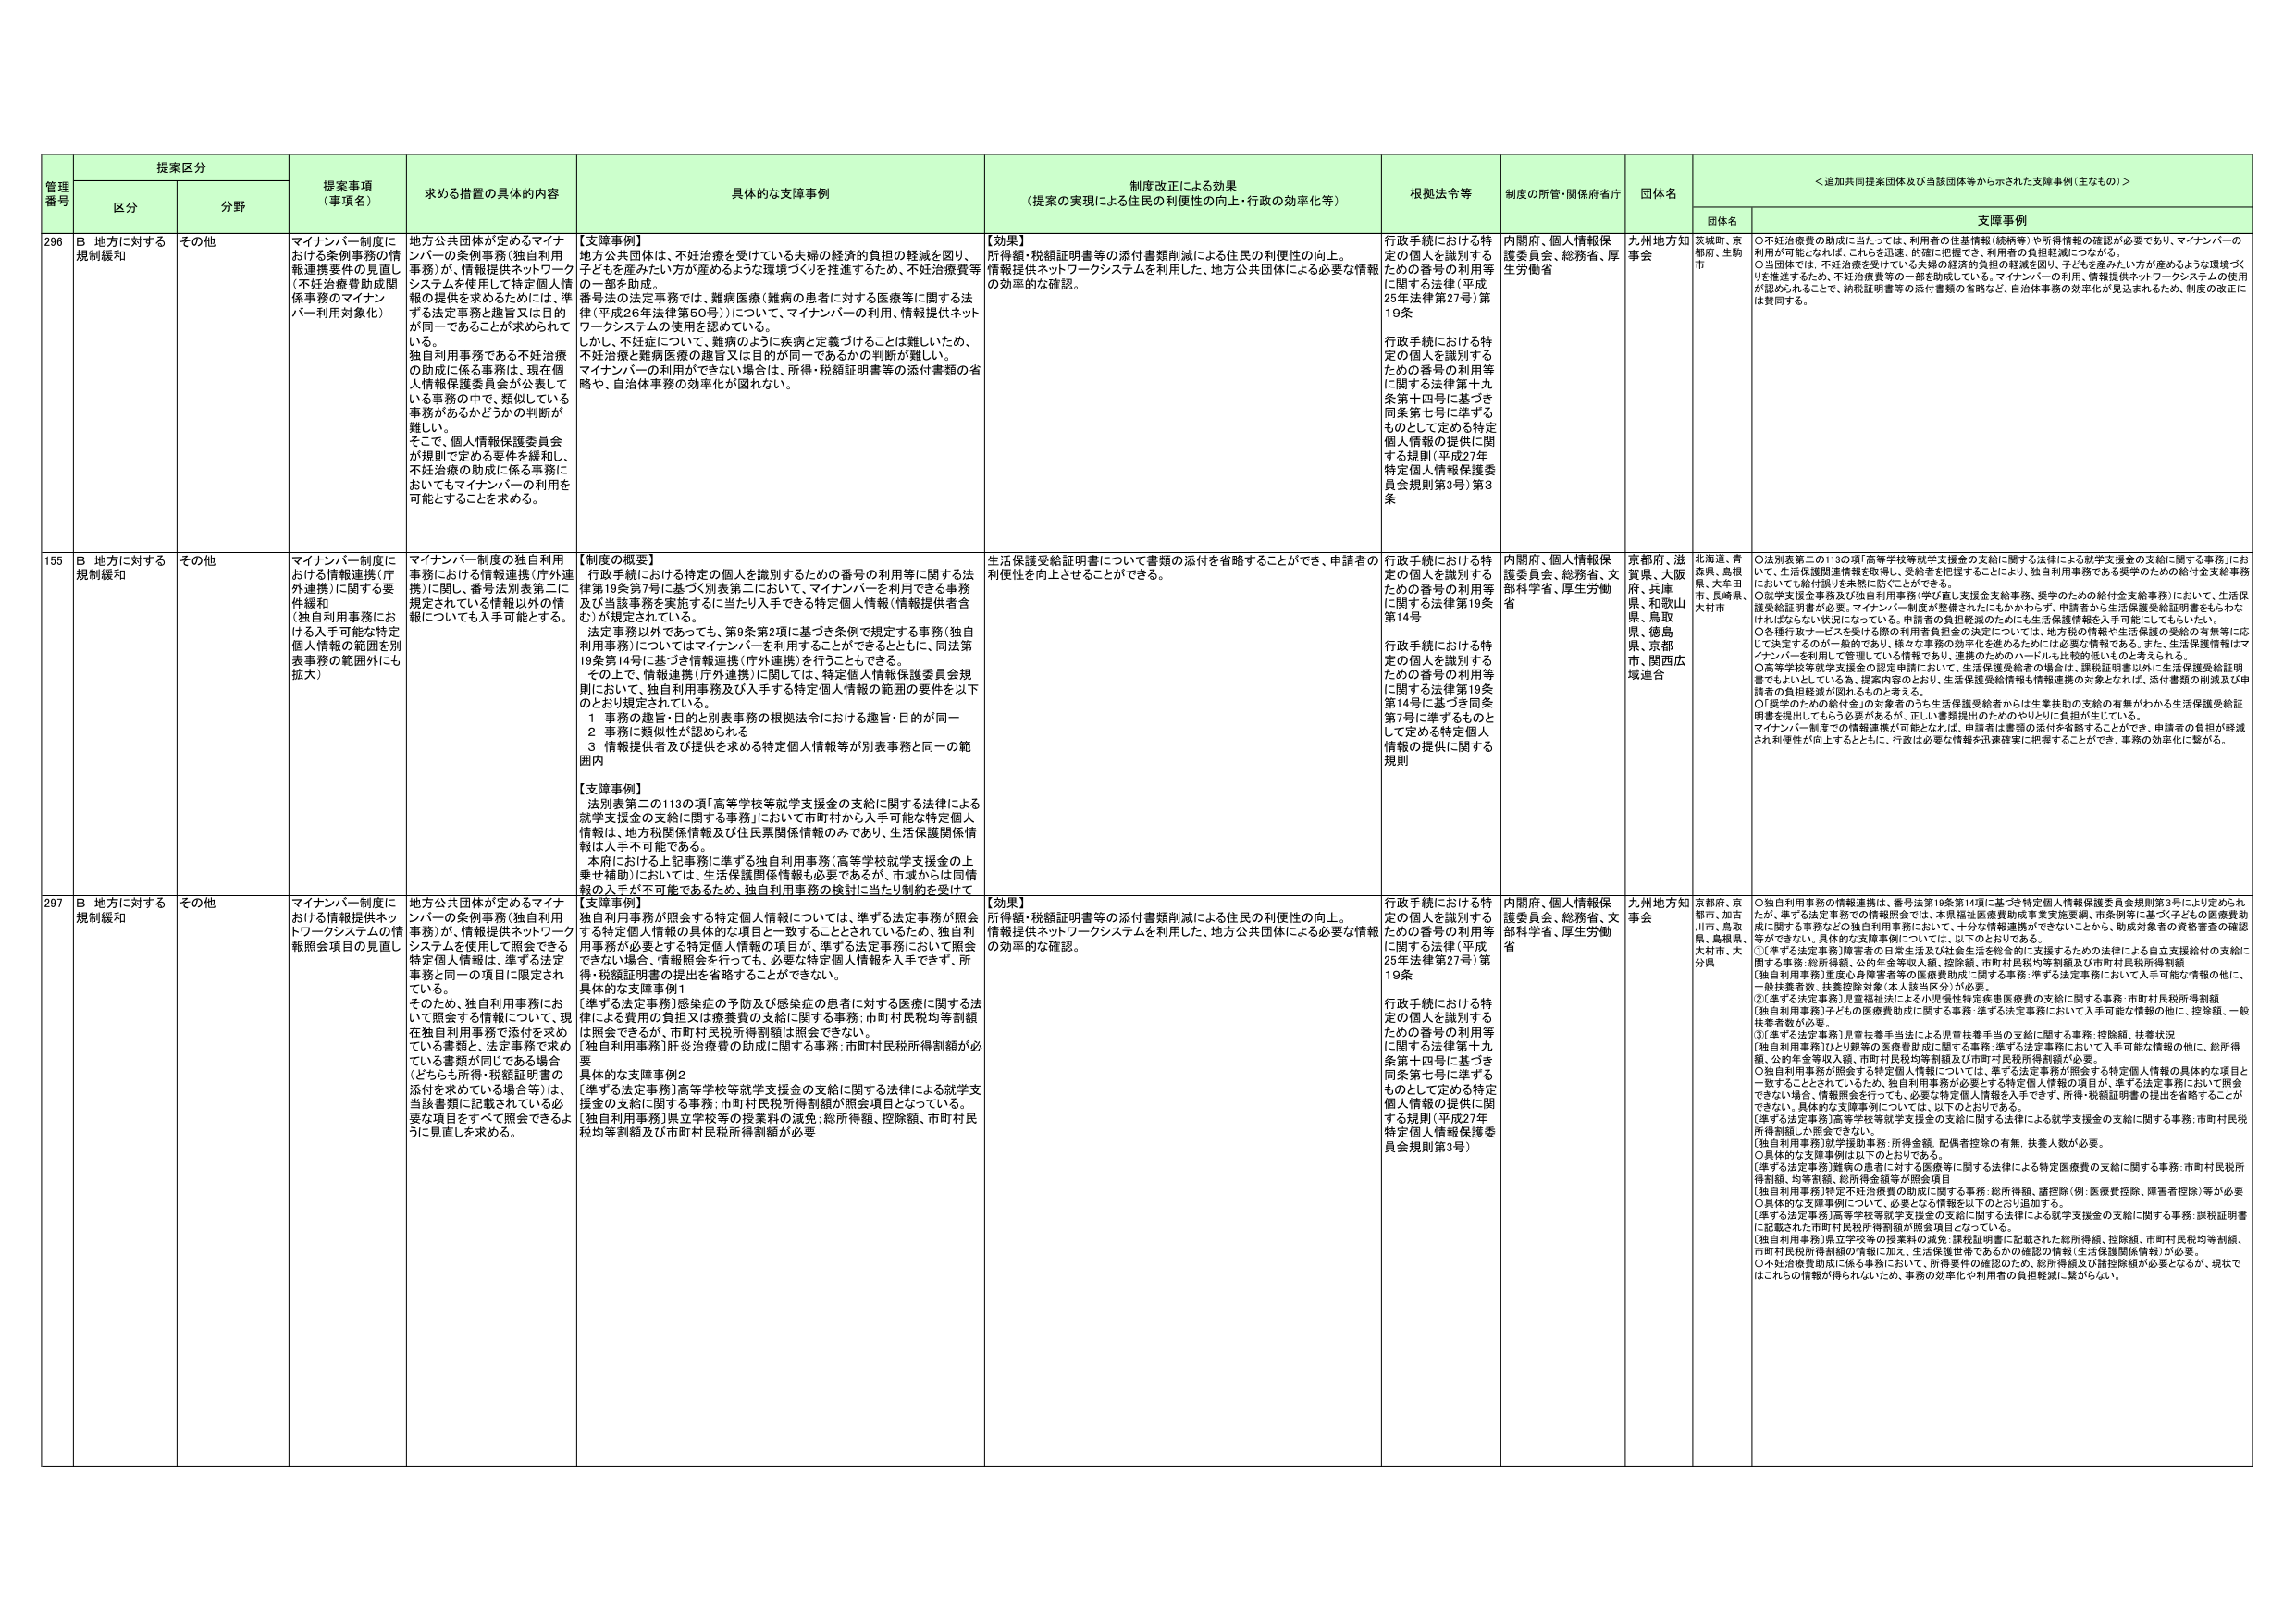
管理番号 提案区分 提案事項（事項名） 求める措置の具体的内容 具体的な支援事例 制度改正による効果（提案の実現による住民の利便性の向上・行政の効率化等） 根拠法令等 制度の所管・関係府省庁 団体名 ＜追加共同提案団体及び当該団体等から示された支援事例（主なもの）＞
区分 分野 団体名 支援事例
296 B 地方に対する規制緩和 その他 マイナンバー制度における条例事務の情報連携要件の見直し（不妊治療費助成関係事務のマイナンバー利用対象化） 地方公共団体が定めるマイナンバーの条例事務（独自利用事務）が、情報提供ネットワークシステムを使用して特定個人情報の提供を求めるためには、準ずる法定事務と趣旨又は目的が同一であることが求められている。 独自利用事務である不妊治療の助成に係る事務は、現在個人情報保護委員会が公表している事務の中で、類似している事務があるかどうかの判断が難しい。 そこで、個人情報保護委員会が規則で定める要件を緩和し、不妊治療の助成に係る事務においてもマイナンバーの利用を可能とすることを求める。 【支援事例】 地方公共団体は、不妊治療を受けている夫婦の経済的負担の軽減を図り、子どもを産みたい方が産めるような環境づくりを推進するため、不妊治療費等の一部を助成。 番号法の法定事務では、難病医療（難病の患者に対する医療等に関する法律（平成26年法律第50号））について、マイナンバーの利用、情報提供ネットワークシステムの使用を認めている。 しかし、不妊症について、難病のように疾病と定義づけることは難しいため、不妊治療と難病医療の趣旨又は目的が同一であるかの判断が難しい。 マイナンバーの利用ができない場合は、所得・税額証明書等の添付書類の省略や、自治体事務の効率化が図れない。 【効果】 所得額・税額証明書等の添付書類削減による住民の利便性の向上。 情報提供ネットワークシステムを利用した、地方公共団体による必要な情報の効率的な確認。 行政手続における特定の個人を識別するための番号の利用等に関する法律（平成25年法律第27号）第19条 行政手続における特定の個人を識別するための番号の利用等に関する法律第十九条第十四号に基づき同条第七号に準ずるものとして定める特定個人情報の提供に関する規則（平成27年特定個人情報保護委員会規則第3号）第3条 内閣府、個人情報保護委員会、総務省、厚生労働省 九州地方知事会 茨城県、京都市、生駒市 ○不妊治療費の助成に当たっては、利用者の住基情報（続柄等）や所得情報の確認が必要であり、マイナンバーの利用が可能となれば、これを迅速、的確に把握でき、利用者の負担軽減につながる。 ○当該市では、不妊治療を受けている夫婦の経済的負担の軽減を図り、子どもを産みたい方が産めるような環境づくりを推進するため、不妊治療費等の一部を助成している。マイナンバーの利用、情報提供ネットワークシステムの使用が認められることで、納税証明書等の添付書類の省略など、自治体事務の効率化が見込まれるため、制度の改正には賛同する。
155 B 地方に対する規制緩和 その他 マイナンバー制度における情報連携（庁外連携）に関する要件緩和（独自利用事務における入手可能な特定個人情報の範囲を別表第五の範囲外にも拡大） マイナンバー制度の独自利用事務における情報連携（庁外連携）に関し、番号法別表第二に規定されている情報以外の情報についても入手可能とする。 【制度の概要】 行政手続における特定の個人を識別するための番号の利用等に関する法律第19条第7号に基づく別表第二において、マイナンバーを利用できる事務及び当該事務を実施するに当たり入手できる特定個人情報（情報提供者含む）が規定されている。 法定事務以外であっても、第9条第2項に基づき条例で規定する事務（独自利用事務）についてはマイナンバーを利用することができますとともに、同法第19条第14号に基づき情報連携（庁外連携）を行うこともできる。 その上で、情報連携（庁外連携）に関しては、特定個人情報保護委員会規則において、独自利用事務及び入手する特定個人情報の範囲の要件を以下のおとり規定されている。 1 事務の趣旨・目的と別表事務の根拠法令における趣旨・目的が同一 2 事務に類似性が認められる 3 情報提供者及び提供を求める特定個人情報等が別表事務と同一の範囲内 【支援事例】 法別表第二の113の項「高等学校等就学支援金の支給に関する法律による就学支援金の支給に関する事務」において市町村から入手可能な特定個人情報は、地方税関係情報及び住民票関係情報のみであり、生活保護関係情報は入手不可能である。 本府における上記事務に準ずる独自利用事務（高等学校就学支援金の上乗せ補助）においては、生活保護関係情報も必要であるが、市域からは同情報の入手が不可能であるため、独自利用事務の検討に当たり制約を受けて 生活保護受給証明書について書類の添付を省略することができ、申請者の利便性を向上させることができる。 行政手続における特定の個人を識別するための番号の利用等に関する法律第19条第14号 行政手続における特定の個人を識別するための番号の利用等に関する法律第19条第14号に基づき同条第7号に準ずるものとして定める特定個人情報の提供に関する規則 内閣府、個人情報保護委員会、総務省、文部科学省、厚生労働省 京都府、滋賀県、大阪府、兵庫県、和歌山県、鳥取県、徳島県、宮崎市、関西広域連合 北海道、青森県、島根県、大牟田市、長崎県、大村市 ○法別表第二の113の項「高等学校等就学支援金の支給に関する法律による就学支援金の支給に関する事務」において、生活保護関連情報も取得し、受給者を把握することにより、独自利用事務である奨学のための給付金支給事務においても給付額引き戻しに防ぐことができる。 ○就学支援金事務及び独自利用事務（学び直し支援金支給事務、奨学のための給付金支給事務）において、生活保護受給証明書が必要。マイナンバー制度が整備されたにもかかわらず、申請者から生活保護受給証明書をもらわなければならない状況になっている。申請者の負担軽減のためにも生活保護情報も入手可能にしてもらいたい。 ○各種行政サービスを受けける際の利用者負担金の決定について、地方税の情報や生活保護の受給の有無等に応じて決定するのが一般的であり、様々な事務の効率化を進めるためには必要な情報である。また、生活保護情報はマイナンバーを利用して管理している情報であり、連携のためのハードルも比較的低いものと考えられる。 ○高等学校等就学支援金の認定申請において、生活保護受給者の場合は、課税証明書以外に生活保護受給証明書でもよいとしている為、提案内容のとおり、生活保護受給情報も情報連携の対象となれば、添付書類の削減及び申請者の負担軽減が図れるものと考える。 ○「奨学のための給付金」の対象者のうち生活保護受給者からは生業扶助の支給の有無がわかる生活保護受給証明書を提出してもらう必要があるが、正しい書類提出のためのやりとりに負担が生じている。 マイナンバー制度での情報連携が可能となれば、申請者は書類の添付を省略することができ、申請者の負担が軽減され利便性が向上するとともに、行政は必要な情報を迅速確実に把握することができ、事務の効率化に繋がる。
297 B 地方に対する規制緩和 その他 マイナンバー制度における情報提供ネットワークシステムの情報照会項目の見直し 地方公共団体が定めるマイナンバーの条例事務（独自利用事務）が、情報提供ネットワークシステムを使用して照会できる特定個人情報は、準ずる法定事務と同一の項目に限定されている。 そのため、独自利用事務において照会する情報について、現在独自利用事務で添付を求めている書類と、法定事務で求めている書類が同じである場合（どちらも所得・税額証明書の添付を求めている場合等）は、当該書類に記載されている必要となる項目をすべて照会できるように見直しを求める。 【支援事例】 独自利用事務が照会する特定個人情報については、準ずる法定事務が照会する特定個人情報の具体的な項目と一致することとされているため、独自利用事務が必要とする特定個人情報の項目が、準ずる法定事務において照会できない場合、情報照会を行っても、必要な特定個人情報を入手できず、所得・税額証明書の提出を省略することができない。 具体的な支援事例1 〔準ずる法定事務〕感染症の予防及び感染症の患者に対する医療に関する法律による費用の負担又は療養費の支給に関する事務：市町村民税均等割額を照会できるが、市町村民税所得割額は照会できない。 〔独自利用事務〕肝炎治療費の助成に関する事務：市町村民税所得割額が必要 要 具体的な支援事例2 〔準ずる法定事務〕高等学校等就学支援金の支給に関する法律による就学支援金の支給に関する事務：市町村民税所得割額が照会項目となっている。 〔独自利用事務〕県立学校等の授業料の減免・総所得額、控除額、市町村民税均等割額及び市町村民税所得割額が必要 【効果】 所得額・税額証明書等の添付書類削減による住民の利便性の向上。 情報提供ネットワークシステムを利用した、地方公共団体による必要な情報の効率的な確認。 行政手続における特定の個人を識別するための番号の利用等に関する法律（平成25年法律第27号）第19条 行政手続における特定の個人を識別するための番号の利用等に関する法律第十九条第十四号に基づき同条第七号に準ずるものとして定める特定個人情報の提供に関する規則（平成27年特定個人情報保護委員会規則第3号） 内閣府、個人情報保護委員会、総務省、文部科学省、厚生労働省 九州地方知事会 京都府、京都市、加古川市、鳥取県、島根県、大村市、大分県 ○独自利用事務の情報連携は、番号法第19条第14項に基づき特定個人情報保護委員会規則第3号により定められたが、準ずる法定事務での情報照会では、本県福祉医療費助成事業実施要綱、市条例等に基づく子どもの医療費助成に関する事務などの独自利用事務において、十分な情報連携ができていないことから、助成対象者の資格審査の確認等ができない。具体的な支援事例については、以下のとおりである。 ①〔準ずる法定事務〕障害者の日常生活及び社会生活を総合的に支援するための法律による自立支援給付の支給に関する事務：総所得額、公的年金等収入額、控除額、市町村民税均等割額及び市町村民税所得割額 〔独自利用事務〕重度心身障害者等の医療費助成に関する事務：準ずる法定事務において入手可能な情報の他に、一般扶養者数、扶養控除対象（本人世帯区分）が必要。 ②〔準ずる法定事務〕児童福祉法による小児慢性特定疾患医療費の支給に関する事務：市町村民税所得割額、〔独自利用事務〕子どもの医療費助成に関する事務：準ずる法定事務において入手可能な情報の他に、控除額、一般扶養者数が必要。 ③〔準ずる法定事務〕児童扶養手当法による児童扶養手当の支給に関する事務：控除額、扶養状況 〔独自利用事務〕ひとり親等の医療費助成に関する事務：準ずる法定事務において入手可能な情報の他に、総所得額、公的年金等収入額、市町村民税均等割額及び市町村民税所得割額が必要。 ○独自利用事務が照会する特定個人情報については、準ずる法定事務が照会する特定個人情報の具体的な項目と一致することとされているため、独自利用事務が必要とする特定個人情報の項目が、準ずる法定事務において照会できない場合、情報照会を行っても、必要な特定個人情報を入手できず、所得・税額証明書の提出を省略することが できない。具体的な支援事例については、以下のとおりである。 〔準ずる法定事務〕高等学校等就学支援金の支給に関する法律による就学支援金の支給に関する事務：市町村民税所得割額しか照会できない 〔独自利用事務〕就学援助事務：所得金額、配偶者控除の有無、扶養人数が必要。 ○具体的な支援事例は以下のとおりである。 〔準ずる法定事務〕難病の患者に対する医療等に関する法律による特定医療費の支給に関する事務：市町村民税所得割額、均等割額、総所得金額等が照会項目 〔独自利用事務〕特定不妊治療費の助成に関する事務：総所得額、諸控除（例：医療費控除、障害者控除）等が必要 ○具体的な支援事例について、必要となる情報を以下のとおり追加する。 〔準ずる法定事務〕高等学校等就学支援金の支給に関する法律による就学支援金の支給に関する事務：課税証明書に記載された市町村民税所得割額が照会項目となっている。 〔独自利用事務〕県立学校等の授業料の減免：課税証明書に記載された総所得額、控除額、市町村民税均等割額、市町村民税所得割額の情報に加え、生活保護世帯であるかの確認の情報（生活保護関係情報）が必要。 ○不妊治療費助成に係る事務において、所得要件の確認のため、総所得額及び諸控除額が必要となるが、現状ではこれらの情報が得られないため、事務の効率化や利用者の負担軽減に繋がらない。